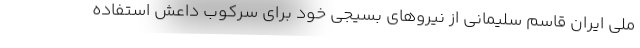
ملی ایران قاسم سلیمانی از نیروهای بسیجی خود برای سرکوب داعش استفاده